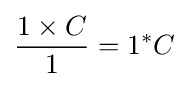
{1\times C \over 1}=1^{*}C